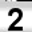
Digit: 2